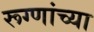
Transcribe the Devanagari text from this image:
रूग्णांच्या